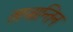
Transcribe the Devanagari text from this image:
तावान्तिन